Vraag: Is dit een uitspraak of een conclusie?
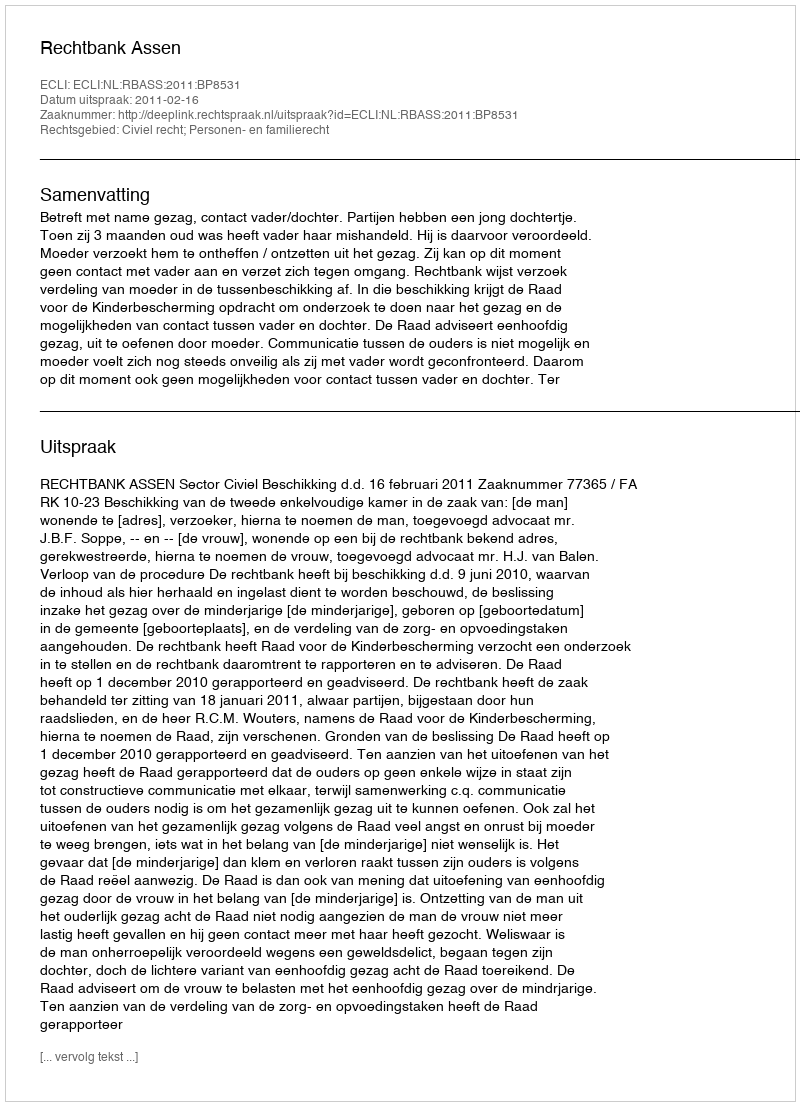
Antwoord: Uitspraak